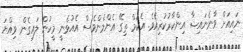
ނައިއަށް ވާނެނައިޝާ އިންކާރުކުރިއެވެ. އެކަމް ތިގޭ އެންމެންވެސް އެއުޅެނީ މީހުން ލައިގެން ވިއްޔަ